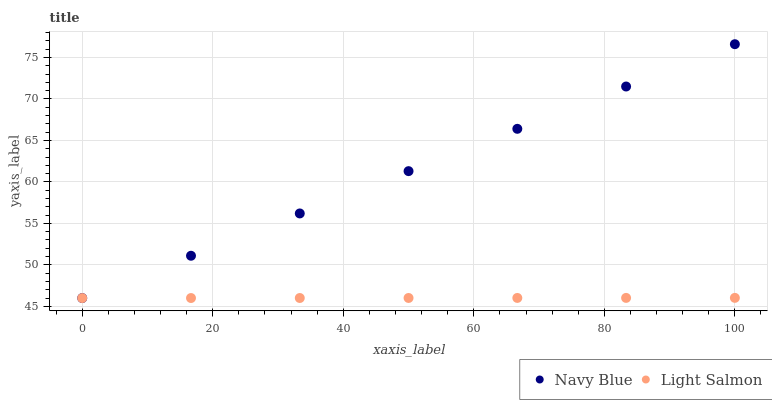
| xaxis_label | Navy Blue | Light Salmon |
 | --- | --- | --- |
 | 0 | 46 | 46 |
 | 16.7 | 51.1 | 46 |
 | 33.3 | 56.2 | 46 |
 | 50 | 61.3 | 46 |
 | 66.7 | 66.4 | 46 |
 | 83.3 | 71.5 | 46 |
 | 100 | 76.6 | 46 |